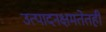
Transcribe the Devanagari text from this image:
उत्पादनक्षमतेतही